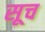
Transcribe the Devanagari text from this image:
सूच